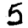
Digit: 5